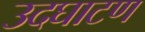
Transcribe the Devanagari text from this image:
उदघाटण